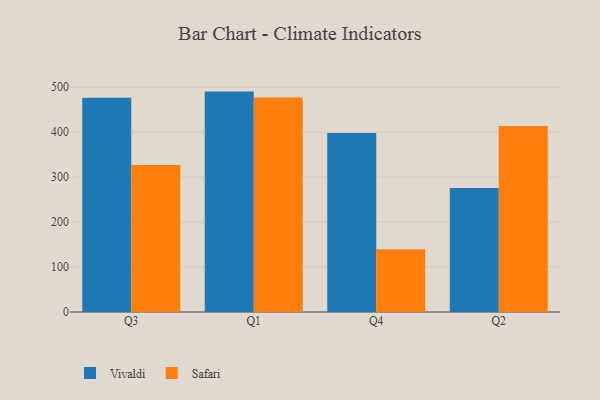
{"axis": {"x": "Quarter", "y": "Market Share (%)"}, "legend": ["Safari", "Vivaldi"], "data": [{"x": "Q3", "y": 476.6, "type": "Vivaldi"}, {"x": "Q3", "y": 327.1, "type": "Safari"}, {"x": "Q1", "y": 490.3, "type": "Vivaldi"}, {"x": "Q1", "y": 477.3, "type": "Safari"}, {"x": "Q4", "y": 398.3, "type": "Vivaldi"}, {"x": "Q4", "y": 139.4, "type": "Safari"}, {"x": "Q2", "y": 275.9, "type": "Vivaldi"}, {"x": "Q2", "y": 413.8, "type": "Safari"}]}